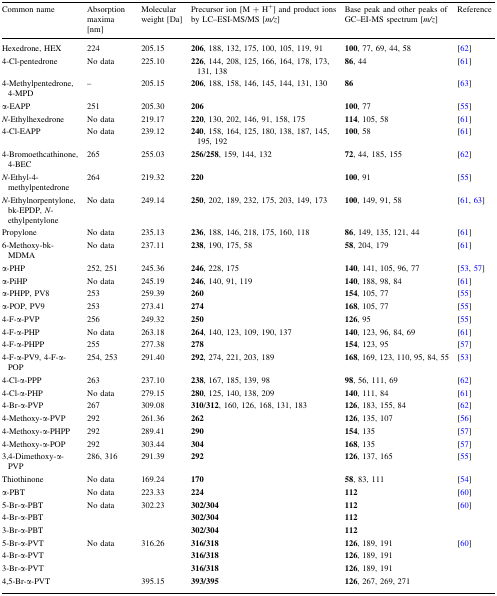
<table><thead><tr><td><b>Common name</b></td><td><b>Absorption maxima [nm]</b></td><td><b>Molecular weight [Da]</b></td><td><b>Precursor ion [M + H<sup>+</sup>] and product ions by LC–ESI-MS/MS [<i>m/z</i>]</b></td><td><b>Base peak and other peaks of GC–EI-MS spectrum [<i>m/z</i>]</b></td><td><b>Reference</b></td></tr></thead><tbody><tr><td>Hexedrone, HEX</td><td>224</td><td>205.15</td><td><b>206</b>, 188, 132, 175, 100, 105, 119, 91</td><td><b>100</b>, 77, 69, 44, 58</td><td>[62]</td></tr><tr><td>4-Cl-pentedrone</td><td>No data</td><td>225.10</td><td><b>226</b>, 144, 208, 125, 166, 164, 178, 173, 131, 138</td><td><b>86</b>, 44</td><td>[61]</td></tr><tr><td>4-Methylpentedrone, 4-MPD</td><td>–</td><td>205.15</td><td><b>206</b>, 188, 158, 146, 145, 144, 131, 130</td><td><b>86</b></td><td>[63]</td></tr><tr><td>α-EAPP</td><td>251</td><td>205.30</td><td><b>206</b></td><td><b>100</b>, 77</td><td>[55]</td></tr><tr><td><i>N</i>-Ethylhexedrone</td><td>No data</td><td>219.17</td><td><b>220</b>, 130, 202, 146, 91, 158, 175</td><td><b>114</b>, 105, 58</td><td>[61]</td></tr><tr><td>4-Cl-EAPP</td><td>No data</td><td>239.12</td><td><b>240</b>, 158, 164, 125, 180, 138, 187, 145, 195, 192</td><td><b>100</b>, 58</td><td>[61]</td></tr><tr><td>4-Bromoethcathinone, 4-BEC</td><td>265</td><td>255.03</td><td><b>256</b>/<b>258</b>, 159, 144, 132</td><td><b>72</b>, 44, 185, 155</td><td>[62]</td></tr><tr><td><i>N</i>-Ethyl-4-methylpentedrone</td><td>264</td><td>219.32</td><td><b>220</b></td><td><b>100</b>, 91</td><td>[55]</td></tr><tr><td><i>N</i>-Ethylnorpentylone, bk-EPDP, <i>N</i>-ethylpentylone</td><td>No data</td><td>249.14</td><td><b>250</b>, 202, 189, 232, 175, 203, 149, 173</td><td><b>100</b>, 149, 91, 58</td><td>[61, 63]</td></tr><tr><td>Propylone</td><td>No data</td><td>235.13</td><td><b>236</b>, 188, 146, 218, 175, 160, 118</td><td><b>86</b>, 149, 135, 121, 44</td><td>[61]</td></tr><tr><td>6-Methoxy-bk-MDMA</td><td>No data</td><td>237.11</td><td><b>238</b>, 190, 175, 58</td><td><b>58</b>, 204, 179</td><td>[61]</td></tr><tr><td>α-PHP</td><td>252, 251</td><td>245.36</td><td><b>246</b>, 228, 175</td><td><b>140</b>, 141, 105, 96, 77</td><td>[53, 57]</td></tr><tr><td>α-PiHP</td><td>No data</td><td>245.19</td><td><b>246</b>, 140, 91, 119</td><td><b>140</b>, 188, 98, 84</td><td>[61]</td></tr><tr><td>α-PHPP, PV8</td><td>253</td><td>259.39</td><td><b>260</b></td><td><b>154</b>, 105, 77</td><td>[55]</td></tr><tr><td>α-POP, PV9</td><td>253</td><td>273.41</td><td><b>274</b></td><td><b>168</b>, 105, 77</td><td>[55]</td></tr><tr><td>4-F-α-PVP</td><td>256</td><td>249.32</td><td><b>250</b></td><td><b>126</b>, 95</td><td>[55]</td></tr><tr><td>4-F-α-PHP</td><td>No data</td><td>263.18</td><td><b>264</b>, 140, 123, 109, 190, 137</td><td><b>140</b>, 123, 96, 84, 69</td><td>[61]</td></tr><tr><td>4-F-α-PHPP</td><td>255</td><td>277.38</td><td><b>278</b></td><td><b>154</b>, 123, 95</td><td>[57]</td></tr><tr><td>4-F-α-PV9, 4-F-α-POP</td><td>254, 253</td><td>291.40</td><td><b>292</b>, 274, 221, 203, 189</td><td><b>168</b>, 169, 123, 110, 95, 84, 55</td><td>[53]</td></tr><tr><td>4-Cl-α-PPP</td><td>263</td><td>237.10</td><td><b>238</b>, 167, 185, 139, 98</td><td><b>98</b>, 56, 111, 69</td><td>[62]</td></tr><tr><td>4-Cl-α-PHP</td><td>No data</td><td>279.15</td><td><b>280</b>, 125, 140, 138, 209</td><td><b>140</b>, 111, 84</td><td>[61]</td></tr><tr><td>4-Br-α-PVP</td><td>267</td><td>309.08</td><td><b>310</b>/<b>312</b>, 160, 126, 168, 131, 183</td><td><b>126</b>, 183, 155, 84</td><td>[62]</td></tr><tr><td>4-Methoxy-α-PVP</td><td>292</td><td>261.36</td><td><b>262</b></td><td><b>126</b>, 135, 107</td><td>[56]</td></tr><tr><td>4-Methoxy-α-PHPP</td><td>292</td><td>289.41</td><td><b>290</b></td><td><b>154</b>, 135</td><td>[57]</td></tr><tr><td>4-Methoxy-α-POP</td><td>292</td><td>303.44</td><td><b>304</b></td><td><b>168</b>, 135</td><td>[57]</td></tr><tr><td>3,4-Dimethoxy-α-PVP</td><td>286, 316</td><td>291.39</td><td><b>292</b></td><td><b>126</b>, 137, 165</td><td>[55]</td></tr><tr><td>Thiothinone</td><td>No data</td><td>169.24</td><td><b>170</b></td><td><b>58</b>, 83, 111</td><td>[54]</td></tr><tr><td>α-PBT</td><td>No data</td><td>223.33</td><td><b>224</b></td><td><b>112</b></td><td>[60]</td></tr><tr><td>5-Br-α-PBT</td><td rowspan="3">No data</td><td rowspan="3">302.23</td><td><b>302/304</b></td><td><b>112</b></td><td rowspan="3">[60]</td></tr><tr><td>4-Br-α-PBT</td><td><b>302/304</b></td><td><b>112</b></td></tr><tr><td>3-Br-α-PBT</td><td><b>302/304</b></td><td><b>112</b></td></tr><tr><td>5-Br-α-PVT</td><td rowspan="4">No data</td><td>316.26</td><td><b>316/318</b></td><td><b>126</b>, 189, 191</td><td rowspan="4">[60]</td></tr><tr><td>4-Br-α-PVT</td><td rowspan="2"></td><td><b>316/318</b></td><td><b>126</b>, 189, 191</td></tr><tr><td>3-Br-α-PVT</td><td><b>316/318</b></td><td><b>126</b>, 189, 191</td></tr><tr><td>4,5-Br-α-PVT</td><td>395.15</td><td><b>393/395</b></td><td><b>126</b>, 267, 269, 271</td></tr></tbody></table>